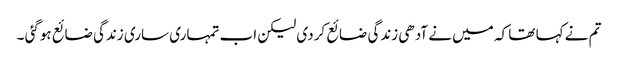
تم نے کہا تھا کہ میں نے آدھی زندگی ضائع کردی لیکن اب تمہاری ساری زندگی ضائع ہوگئی ۔